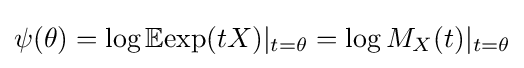
\psi (\theta )=\log \mathbb {E} {\exp(tX)}|_{t=\theta }=\log M_{X}(t)|_{t=\theta }